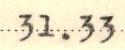
31.33